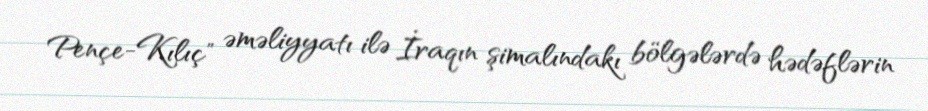
Pençe-Kılıç" əməliyyatı ilə İraqın şimalındakı bölgələrdə hədəflərin